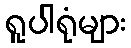
ရူပါရုံများ